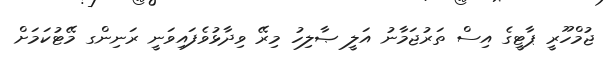
ޖުމްހޫރީ ޕާޓީގެ އިސް ތަރުޖަމާނު އަލީ ޞާލިހު މިރޭ ވިދާޅުވެފައިވަނީ ރަނިންގ މޭޓުކަމަށް